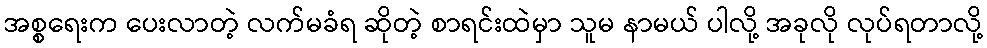
အစ္စရေးက ပေးလာတဲ့ လက်မခံရ ဆိုတဲ့ စာရင်းထဲမှာ သူမ နာမယ် ပါလို့ အခုလို လုပ်ရတာလို့